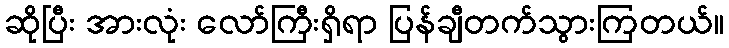
ဆိုပြီး အားလုံး လော်ကြီးရှိရာ ပြန်ချီတက်သွားကြတယ်။